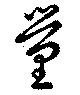
量